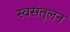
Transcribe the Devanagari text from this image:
स्वसंतुलन